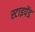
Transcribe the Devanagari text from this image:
स्टाइपेंड